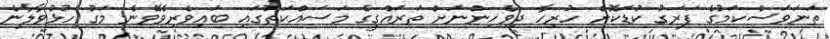
ތަނަވަސްކަމުގެ ފަރަގު ކުޑަކޮށް ހުރިހާ ދިވެހިންނަށް ތަރައްގީގެ މަސައްކަތުގައި ބައިވެރިވެވޭނެ މަގު ހުޅުވާލާނެ